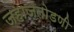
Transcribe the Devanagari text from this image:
जहाजतोडणी